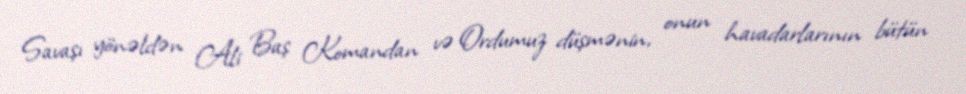
Savaşı yönəldən Ali Baş Komandan və Ordumuz düşmənin, onun havadarlarının bütün